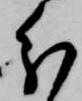
分